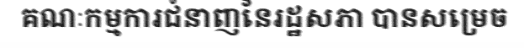
គណៈកម្មការជំនាញនៃរដ្ឋសភា បានសម្រេច